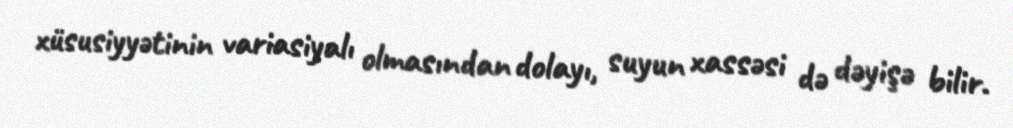
xüsusiyyətinin variasiyalı olmasından dolayı, suyun xassəsi də dəyişə bilir.